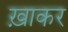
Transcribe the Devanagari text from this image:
ख़ाकर